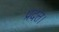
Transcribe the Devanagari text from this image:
प्रदत्त।